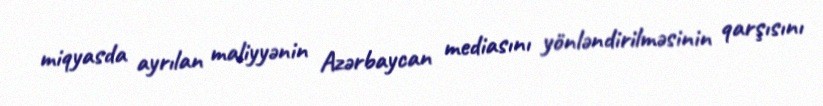
miqyasda ayrılan maliyyənin Azərbaycan mediasını yönləndirilməsinin qarşısını